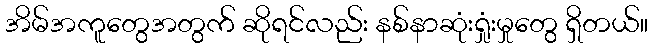
အိမ်အကူတွေအတွက် ဆိုရင်လည်း နစ်နာဆုံးရှုံးမှုတွေ ရှိတယ်။